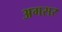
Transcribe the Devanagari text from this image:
अगसर